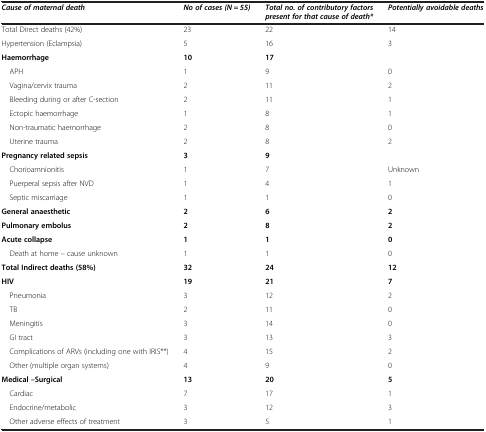
<table><thead><tr><td><b><i>Cause of maternal death</i></b></td><td><b><i>No of cases (N = 55)</i></b></td><td><b><i>Total no. of contributory factors present for that cause of death*</i></b></td><td><b><i>Potentially avoidable deaths</i></b></td></tr></thead><tbody><tr><td>Total Direct deaths (42%)</td><td>23</td><td>22</td><td>14</td></tr><tr><td>Hypertension (Eclampsia)</td><td>5</td><td>16</td><td>3</td></tr><tr><td><b>Haemorrhage</b></td><td><b>10</b></td><td><b>17</b></td><td> </td></tr><tr><td> APH</td><td>1</td><td>9</td><td>0</td></tr><tr><td> Vagina/cervix trauma</td><td>2</td><td>11</td><td>2</td></tr><tr><td> Bleeding during or after C-section</td><td>2</td><td>11</td><td>1</td></tr><tr><td> Ectopic haemorrhage</td><td>1</td><td>8</td><td>1</td></tr><tr><td> Non-traumatic haemorrhage</td><td>2</td><td>8</td><td>0</td></tr><tr><td> Uterine trauma</td><td>2</td><td>8</td><td>2</td></tr><tr><td><b>Pregnancy related sepsis</b></td><td><b>3</b></td><td><b>9</b></td><td> </td></tr><tr><td> Chorioamnionitis</td><td>1</td><td>7</td><td>Unknown</td></tr><tr><td> Puerperal sepsis after NVD</td><td>1</td><td>4</td><td>1</td></tr><tr><td> Septic miscarriage</td><td>1</td><td>1</td><td>0</td></tr><tr><td><b>General anaesthetic</b></td><td><b>2</b></td><td><b>6</b></td><td><b>2</b></td></tr><tr><td><b>Pulmonary embolus</b></td><td><b>2</b></td><td><b>8</b></td><td><b>2</b></td></tr><tr><td><b>Acute collapse</b></td><td><b>1</b></td><td><b>1</b></td><td><b>0</b></td></tr><tr><td> Death at home – cause unknown</td><td>1</td><td>1</td><td>0</td></tr><tr><td><b>Total Indirect deaths (58%)</b></td><td><b>32</b></td><td><b>24</b></td><td><b>12</b></td></tr><tr><td><b>HIV</b></td><td><b>19</b></td><td><b>21</b></td><td><b>7</b></td></tr><tr><td> Pneumonia</td><td>3</td><td>12</td><td>2</td></tr><tr><td> TB</td><td>2</td><td>11</td><td>0</td></tr><tr><td> Meningitis</td><td>3</td><td>14</td><td>0</td></tr><tr><td> GI tract</td><td>3</td><td>13</td><td>3</td></tr><tr><td> Complications of ARVs (including one with IRIS**)</td><td>4</td><td>15</td><td>2</td></tr><tr><td> Other (multiple organ systems)</td><td>4</td><td>9</td><td>0</td></tr><tr><td><b>Medical –Surgical</b></td><td><b>13</b></td><td><b>20</b></td><td><b>5</b></td></tr><tr><td> Cardiac</td><td>7</td><td>17</td><td>1</td></tr><tr><td> Endocrine/metabolic</td><td>3</td><td>12</td><td>3</td></tr><tr><td> Other adverse effects of treatment</td><td>3</td><td>5</td><td>1</td></tr></tbody></table>